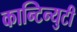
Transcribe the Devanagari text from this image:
कान्टिन्युटी